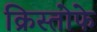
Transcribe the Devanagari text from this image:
क्रिस्तोफे